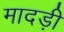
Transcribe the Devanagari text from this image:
मादड़ी